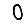
Digit: 0